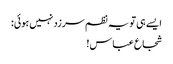
ایسے ہی تو یہ نظم سرزد نہیں ہوئی:
شجاع عباس!